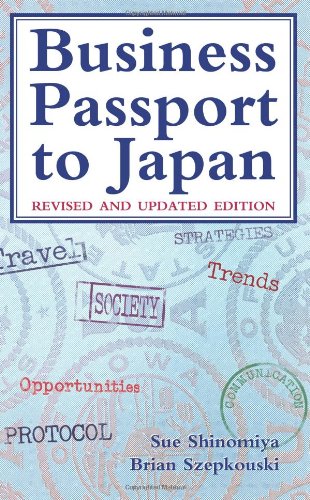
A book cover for Business Passport to Japan: Revised and Updated Edition; Sue Shinomiya; Travel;